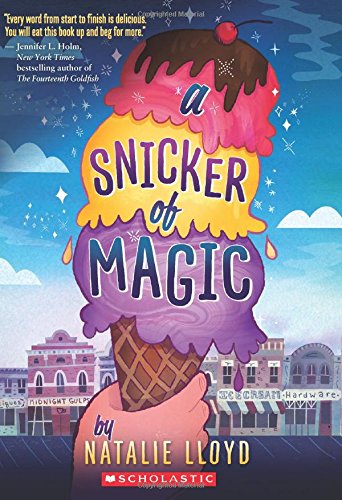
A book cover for A Snicker of Magic; Natalie Lloyd; Children's Books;